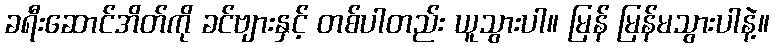
ခရီးဆောင်အိတ်ကို ခင်ဗျားနှင့် တစ်ပါတည်း ယူသွားပါ။ မြန် မြန်မသွားပါနဲ့။